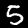
Digit: 5